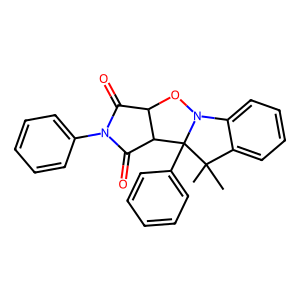
SMILES: CC1(C)c2ccccc2N2OC3C(=O)N(c4ccccc4)C(=O)C3C21c1ccccc1
Inhibits HIV replication: No